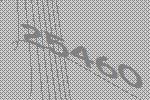
25460